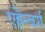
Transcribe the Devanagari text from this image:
एह्रेन्बर्ग